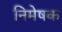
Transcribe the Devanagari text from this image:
निमेषक